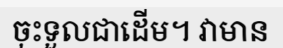
ចុះទួលជាដើម។ វាមាន